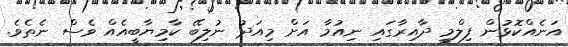
އަނެއްކޮޅުން ފިލްމީ ދާއިރާގައި ނިއުމާ އަށް މިއަދު ނުލިބޭ ކާމިޔާބީއެއް ވެސް ނެތެވެ.